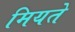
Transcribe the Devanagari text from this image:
मियते